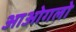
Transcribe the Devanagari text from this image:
आओगलो